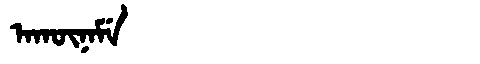
Manchu: ᠠᡴᡡᠨᠠᠮᡝ
Romanization: AKŪNAME